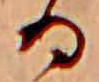
る